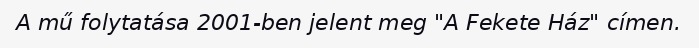
A mű folytatása 2001-ben jelent meg "A Fekete Ház" címen.